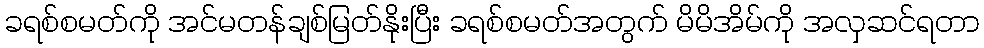
ခရစ်စမတ်ကို အင်မတန်ချစ်မြတ်နိုးပြီး ခရစ်စမတ်အတွက် မိမိအိမ်ကို အလှဆင်ရတာ